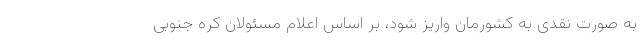
به صورت نقدی به کشورمان واریز شود، بر اساس اعلام مسئولان کره جنوبی